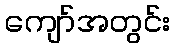
ကျော်အတွင်း